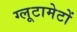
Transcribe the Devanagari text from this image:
ग्लूटामेटों